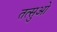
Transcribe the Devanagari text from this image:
तत्सुओ